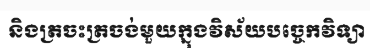
និងត្រចះត្រចង់មួយក្នុងវិស័យបច្ចេកវិទ្យា